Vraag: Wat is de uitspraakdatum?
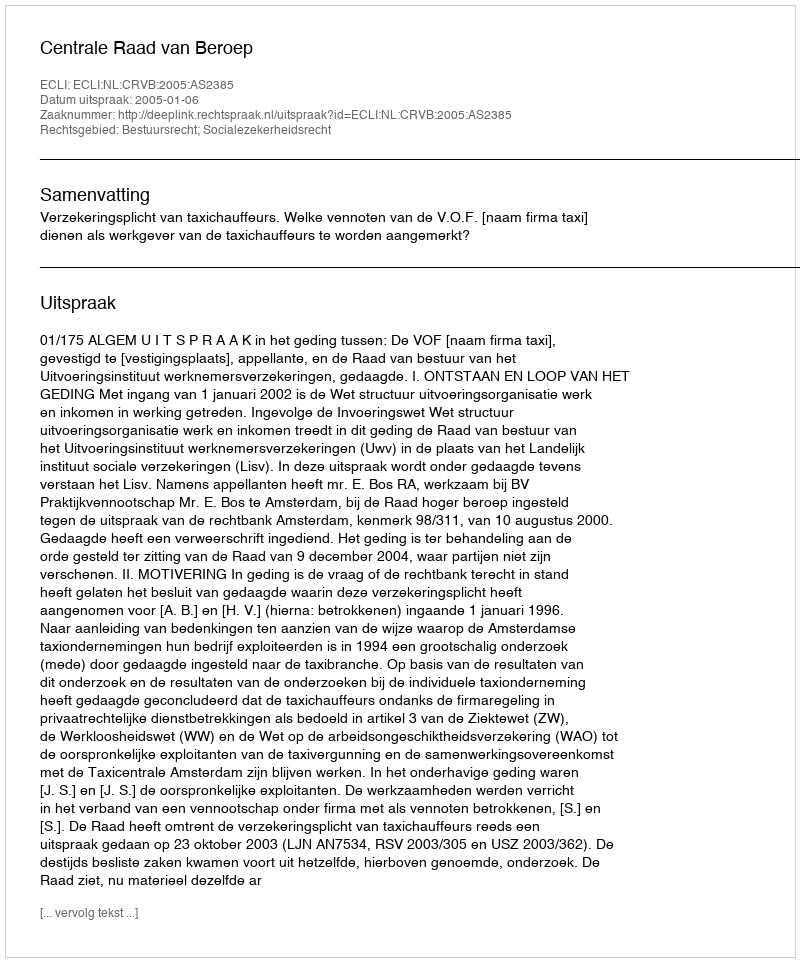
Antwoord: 2005-01-06